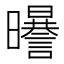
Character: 𣌈